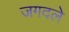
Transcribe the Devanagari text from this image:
जगदले